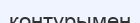
контурымен